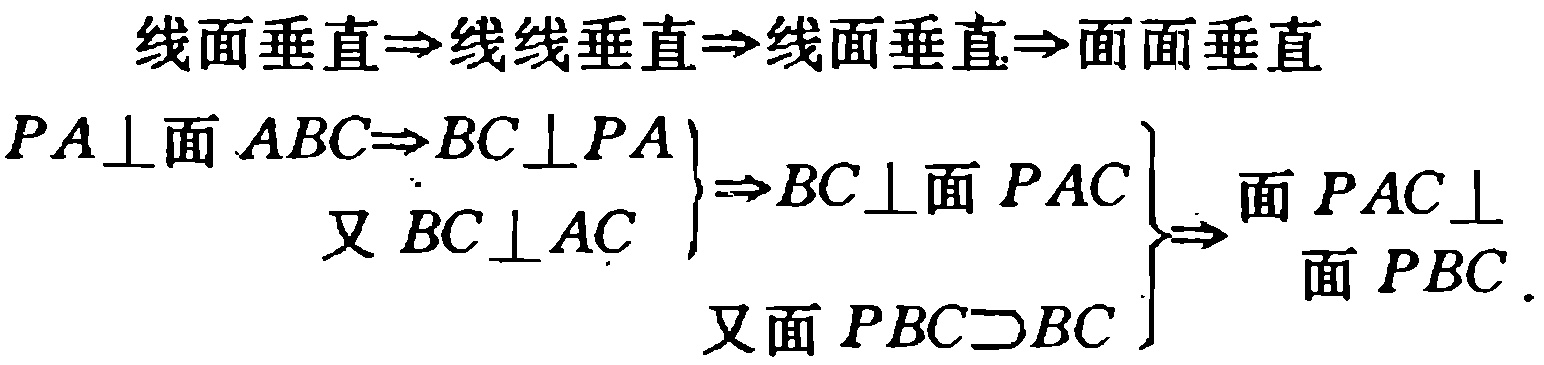
线面垂直$\Rightarrow$线线垂直$\Rightarrow$线面垂直$\Rightarrow$面面垂直

$

\begin{align*}

PA\perp面ABC\Rightarrow BC\perp PA\\

又BC\perp AC

\end{align*}

\Rightarrow BC\perp面PAC

\begin{align*}

\\

又面PBC\supset BC

\end{align*}

\Rightarrow

\begin{align*}

面PAC\perp\\

面PBC

\end{align*}

$